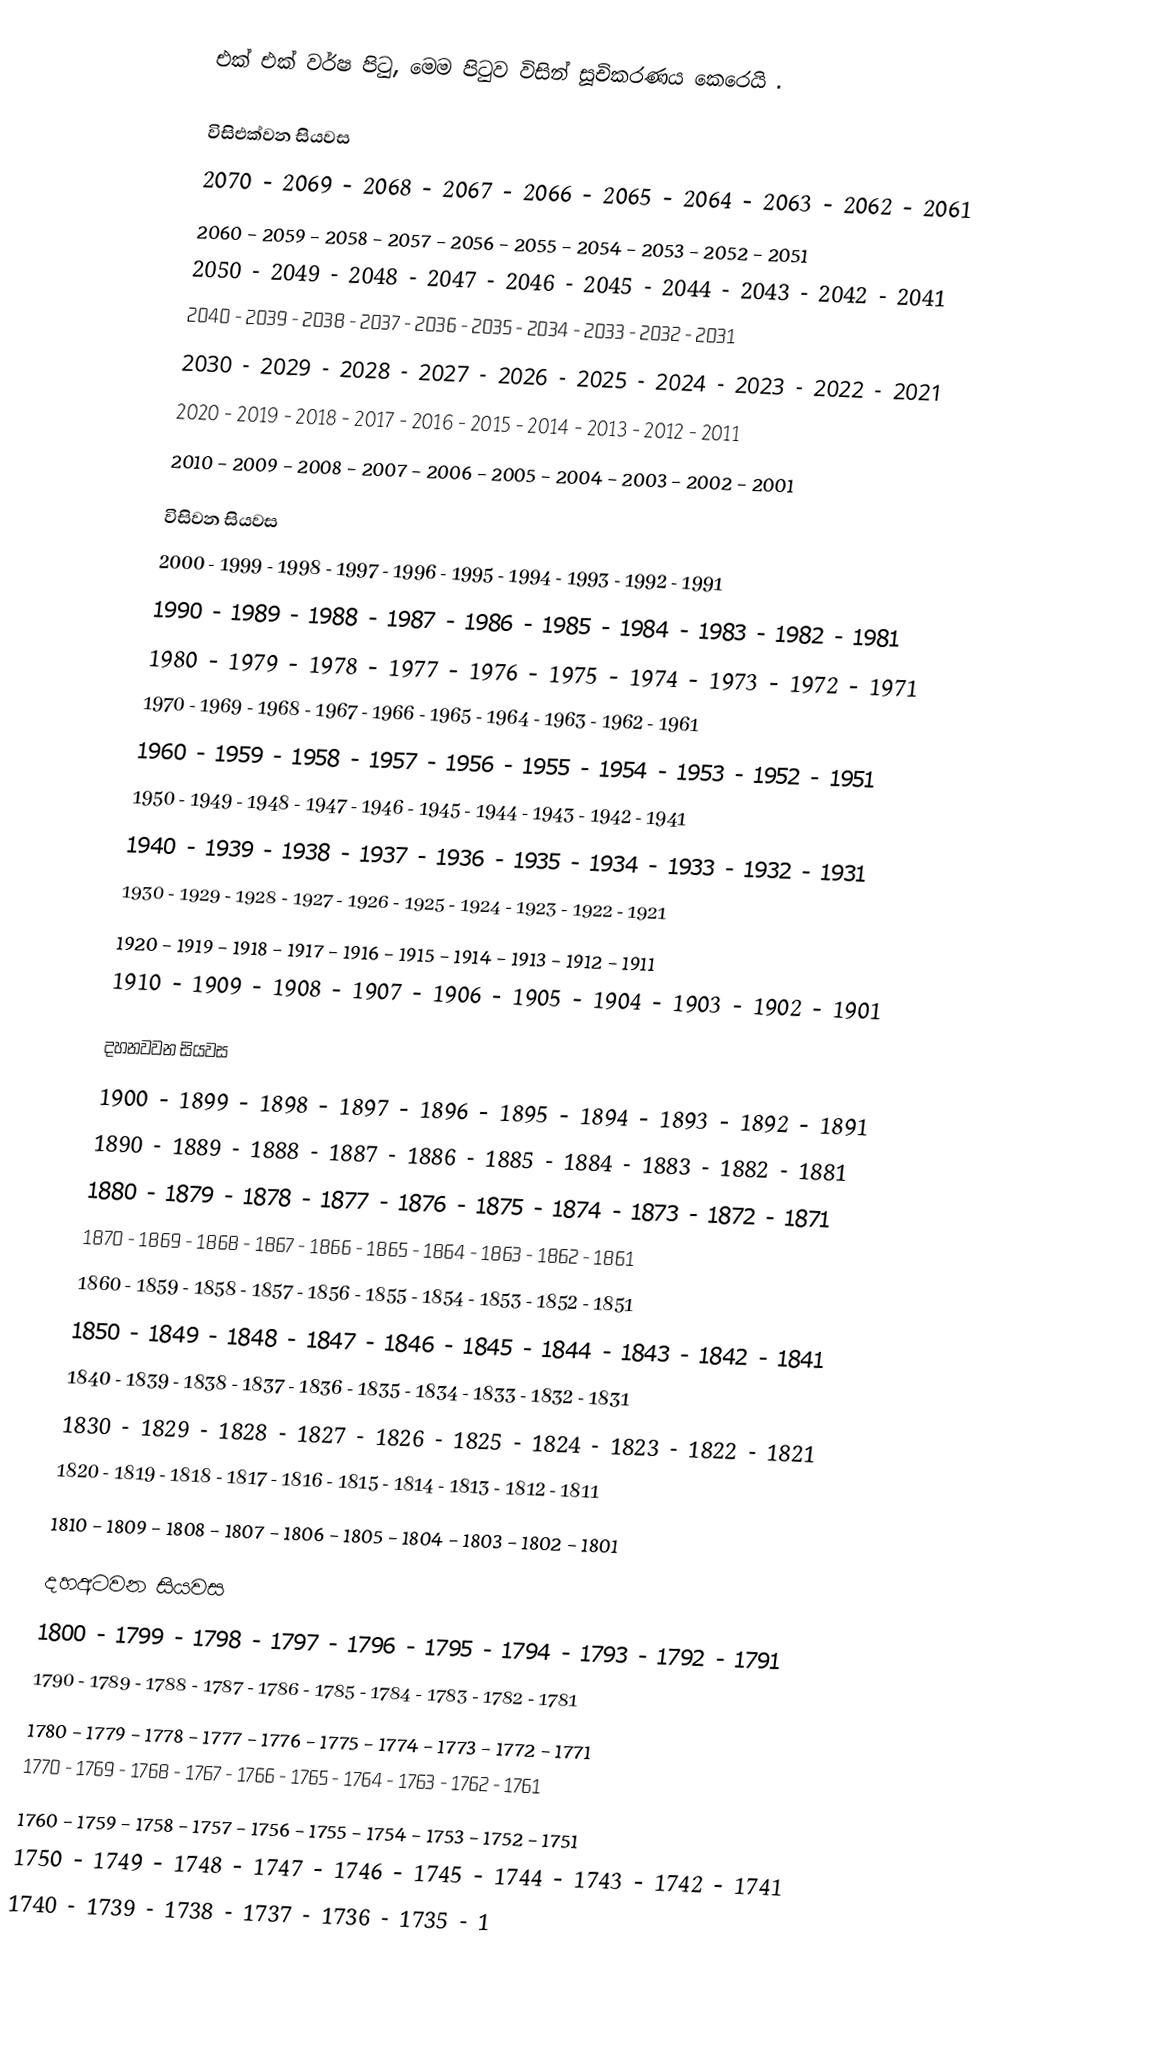
එක් එක් වර්ෂ පිටු, මෙම පිටුව විසින් සූචිකරණය කෙරෙයි .

විසිඑක්වන සියවස
2070 - 2069 - 2068 - 2067 - 2066 - 2065 - 2064 - 2063 - 2062 - 2061
2060 - 2059 - 2058 - 2057 - 2056 - 2055 - 2054 - 2053 - 2052 - 2051
2050 - 2049 - 2048 - 2047 - 2046 - 2045 - 2044 - 2043 - 2042 - 2041
2040 - 2039 - 2038 - 2037 - 2036 - 2035 - 2034 - 2033 - 2032 - 2031
2030 - 2029 - 2028 - 2027 - 2026 - 2025 - 2024 - 2023 - 2022 - 2021
2020 - 2019 - 2018 - 2017 - 2016 - 2015 - 2014 - 2013 - 2012 - 2011
2010 - 2009 - 2008 - 2007 - 2006 - 2005 - 2004 - 2003 - 2002 - 2001

විසිවන සියවස
2000 - 1999 - 1998 - 1997 - 1996 - 1995 - 1994 - 1993 - 1992 - 1991
1990 - 1989 - 1988 - 1987 - 1986 - 1985 - 1984 - 1983 - 1982 - 1981
1980 - 1979 - 1978 - 1977 - 1976 - 1975 - 1974 - 1973 - 1972 - 1971
1970 - 1969 - 1968 - 1967 - 1966 - 1965 - 1964 - 1963 - 1962 - 1961
1960 - 1959 - 1958 - 1957 - 1956 - 1955 - 1954 - 1953 - 1952 - 1951
1950 - 1949 - 1948 - 1947 - 1946 - 1945 - 1944 - 1943 - 1942 - 1941
1940 - 1939 - 1938 - 1937 - 1936 - 1935 - 1934 - 1933 - 1932 - 1931
1930 - 1929 - 1928 - 1927 - 1926 - 1925 - 1924 - 1923 - 1922 - 1921
1920 - 1919 - 1918 - 1917 - 1916 - 1915 - 1914 - 1913 - 1912 - 1911
1910 - 1909 - 1908 - 1907 - 1906 - 1905 - 1904 - 1903 - 1902 - 1901

දහනවවන සියවස
1900 - 1899 - 1898 - 1897 - 1896 - 1895 - 1894 - 1893 - 1892 - 1891
1890 - 1889 - 1888 - 1887 - 1886 - 1885 - 1884 - 1883 - 1882 - 1881
1880 - 1879 - 1878 - 1877 - 1876 - 1875 - 1874 - 1873 - 1872 - 1871
1870 - 1869 - 1868 - 1867 - 1866 - 1865 - 1864 - 1863 - 1862 - 1861
1860 - 1859 - 1858 - 1857 - 1856 - 1855 - 1854 - 1853 - 1852 - 1851
1850 - 1849 - 1848 - 1847 - 1846 - 1845 - 1844 - 1843 - 1842 - 1841
1840 - 1839 - 1838 - 1837 - 1836 - 1835 - 1834 - 1833 - 1832 - 1831
1830 - 1829 - 1828 - 1827 - 1826 - 1825 - 1824 - 1823 - 1822 - 1821
1820 - 1819 - 1818 - 1817 - 1816 - 1815 - 1814 - 1813 - 1812 - 1811
1810 - 1809 - 1808 - 1807 - 1806 - 1805 - 1804 - 1803 - 1802 - 1801

දහඅටවන සියවස
1800 - 1799 - 1798 - 1797 - 1796 - 1795 - 1794 - 1793 - 1792 - 1791
1790 - 1789 - 1788 - 1787 - 1786 - 1785 - 1784 - 1783 - 1782 - 1781
1780 - 1779 - 1778 - 1777 - 1776 - 1775 - 1774 - 1773 - 1772 - 1771
1770 - 1769 - 1768 - 1767 - 1766 - 1765 - 1764 - 1763 - 1762 - 1761
1760 - 1759 - 1758 - 1757 - 1756 - 1755 - 1754 - 1753 - 1752 - 1751
1750 - 1749 - 1748 - 1747 - 1746 - 1745 - 1744 - 1743 - 1742 - 1741
1740 - 1739 - 1738 - 1737 - 1736 - 1735 - 1